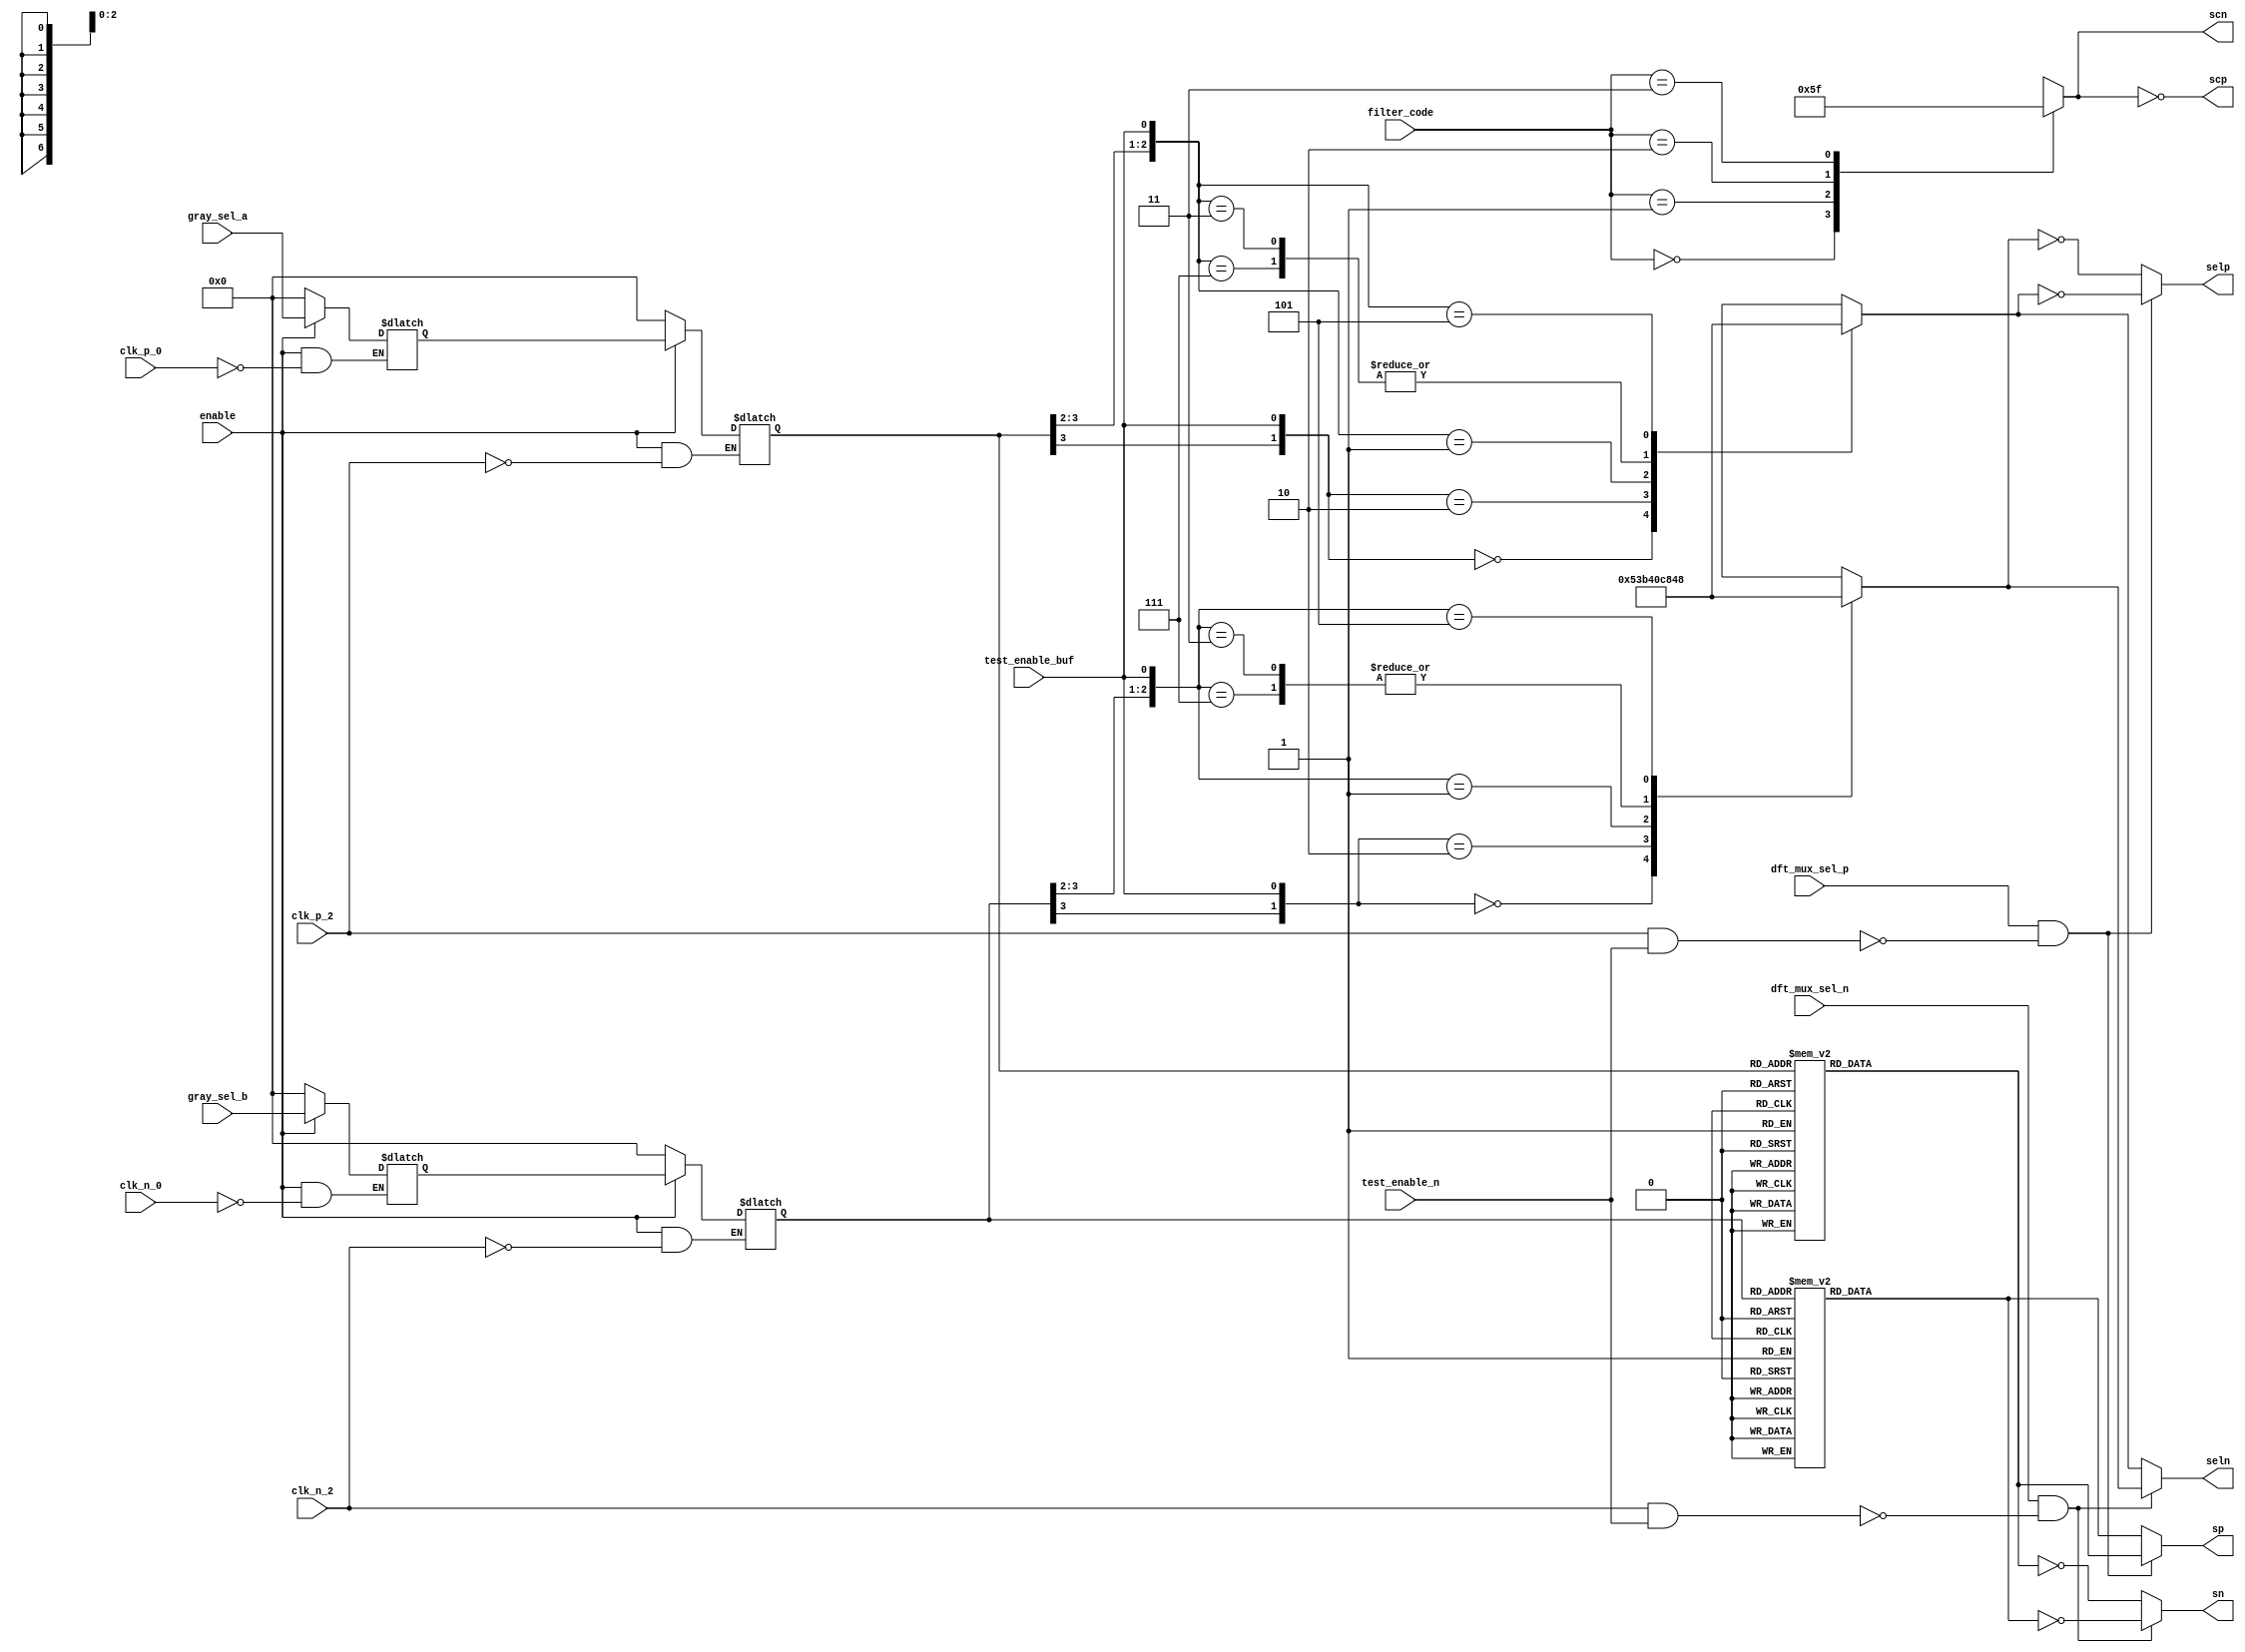
// SPDX-License-Identifier: Apache-2.0
// Copyright (C) 2019 Intel Corporation. 
//------------------------------------------------------------------------
//
// Revision:    $Revision: #3 $
//------------------------------------------------------------------------
// Description: 16 phase interpolator gray code decode
//
//------------------------------------------------------------------------

module io_cmos_16ph_decode (
input             enable,           // Active high enable    0 = Force interpolator_clk[1:0] to 2'b10
input             test_enable_buf,  // Active high test enable
input             test_enable_n,    // Active low test enable
input             dft_mux_sel_p,    // mux selection during test
input             dft_mux_sel_n,    // complimentary mux selection during test
input             clk_p_0,          // clock for sync gray code - 1st latch
input             clk_n_0,          // clock for sync gray code - 1st latch
input             clk_p_2,          // clock for sync gray code - 2nd latch
input             clk_n_2,          // clock for sync gray code - 2nd latch
input       [3:0] gray_sel_a,       // The gray code output to control the interpolator (even)
input       [3:0] gray_sel_b,       // The gray code output to control the interpolator (odd )
input       [1:0] filter_code,      // 00 = 1.6 GHz, 01 = 1.2 GHz, 10 = 1.0 GHz, 11 = 0.8 GHz
output      [7:0] sp,          	 // thermal code for 8 phase interpolator
output      [7:0] sn,          	 // complimentary thermal code for 8 phase interpolator
output      [6:0] selp,          // code for 2 phase interpolator (including decode for test)
output      [6:0] seln,          // complimentary code for 2 phase interpolator (including decode for test)
output      [3:1] scp,              // filter capacitance selection
output reg  [3:1] scn               // complimentary filter capacitance selection
);

`ifdef TIMESCALE_EN
                timeunit 1ps;
                timeprecision 1ps;
`endif

parameter  INV_DELAY      = 15;  // 15ps
parameter  LATCH_DELAY    = 50;  // 50ps
parameter  BUF_DELAY      = 25;  // 25ps
parameter  MUX_DELAY      = 50;  // 50ps

reg  [3:0] gray_sel_ax;
reg  [3:0] gray_sel_bx;
reg  [3:0] out_gray_az;
reg  [3:0] out_gray_bz;
reg  [7:0] sp_a;
reg  [7:0] sp_b;
wire [7:0] sn_a;
wire [7:0] sn_b;
reg  [6:0] seln_a;
reg  [6:0] seln_b;
wire [6:0] selp_a;
wire [6:0] selp_b;
wire	   clk_p_0_buf;
wire	   clk_n_0_buf;
wire	   clk_p_2_buf;
wire	   clk_n_2_buf;

assign #BUF_DELAY clk_p_0_buf = clk_p_0;
assign #BUF_DELAY clk_n_0_buf = clk_n_0;
assign #BUF_DELAY clk_p_2_buf = clk_p_2;
assign #BUF_DELAY clk_n_2_buf = clk_n_2;

//filter code decode
always @(*)
  case (filter_code[1:0])
    2'b00 :  scn[3:1] = 3'b000;
    2'b01 :  scn[3:1] = 3'b001;
    2'b10 :  scn[3:1] = 3'b011;
    2'b11 :  scn[3:1] = 3'b111;
  endcase
assign #INV_DELAY scp[3:1] = ~scn[3:1];

//gray code sync
always @(*)
  if (~enable)          gray_sel_ax[3:0] <= #LATCH_DELAY 4'h0;
  else if (clk_p_0_buf) gray_sel_ax[3:0] <= #LATCH_DELAY gray_sel_a[3:0];

always @(*)
  if (~enable)          gray_sel_bx[3:0] <= #LATCH_DELAY 4'h0;
  else if (clk_n_0_buf) gray_sel_bx[3:0] <= #LATCH_DELAY gray_sel_b[3:0];

always @(*)
  if (~enable)          out_gray_az[3:0] <= #LATCH_DELAY 4'h0;
  else if (clk_p_2_buf) out_gray_az[3:0] <= #LATCH_DELAY gray_sel_ax[3:0];

always @(*)
  if (~enable)          out_gray_bz[3:0] <= #LATCH_DELAY 4'h0;
  else if (clk_n_2_buf) out_gray_bz[3:0] <= #LATCH_DELAY gray_sel_bx[3:0];

//gray code decode
always @(*)
  case (out_gray_az[3:0])
    4'b0000 :  sp_a[7:0] = 8'b0000_0000;
    4'b0001 :  sp_a[7:0] = 8'b0000_0001;
    4'b0011 :  sp_a[7:0] = 8'b0000_0011;
    4'b0010 :  sp_a[7:0] = 8'b0000_0111;
    4'b0110 :  sp_a[7:0] = 8'b0000_1111;
    4'b0111 :  sp_a[7:0] = 8'b0001_1111;
    4'b0101 :  sp_a[7:0] = 8'b0011_1111;
    4'b0100 :  sp_a[7:0] = 8'b0111_1111;
    4'b1100 :  sp_a[7:0] = 8'b1111_1111;
    4'b1101 :  sp_a[7:0] = 8'b0111_1111;
    4'b1111 :  sp_a[7:0] = 8'b0011_1111;
    4'b1110 :  sp_a[7:0] = 8'b0001_1111;
    4'b1010 :  sp_a[7:0] = 8'b0000_1111;
    4'b1011 :  sp_a[7:0] = 8'b0000_0111;
    4'b1001 :  sp_a[7:0] = 8'b0000_0011;
    4'b1000 :  sp_a[7:0] = 8'b0000_0001;
  endcase

always @(*)
  case (out_gray_bz[3:0])
    4'b0000 :  sp_b[7:0] = 8'b0000_0000;
    4'b0001 :  sp_b[7:0] = 8'b0000_0001;
    4'b0011 :  sp_b[7:0] = 8'b0000_0011;
    4'b0010 :  sp_b[7:0] = 8'b0000_0111;
    4'b0110 :  sp_b[7:0] = 8'b0000_1111;
    4'b0111 :  sp_b[7:0] = 8'b0001_1111;
    4'b0101 :  sp_b[7:0] = 8'b0011_1111;
    4'b0100 :  sp_b[7:0] = 8'b0111_1111;
    4'b1100 :  sp_b[7:0] = 8'b1111_1111;
    4'b1101 :  sp_b[7:0] = 8'b0111_1111;
    4'b1111 :  sp_b[7:0] = 8'b0011_1111;
    4'b1110 :  sp_b[7:0] = 8'b0001_1111;
    4'b1010 :  sp_b[7:0] = 8'b0000_1111;
    4'b1011 :  sp_b[7:0] = 8'b0000_0111;
    4'b1001 :  sp_b[7:0] = 8'b0000_0011;
    4'b1000 :  sp_b[7:0] = 8'b0000_0001;
  endcase

//assign sp_a[7] = out_gray_az[3];
//assign sp_b[7] = out_gray_bz[3];
assign sn_a[7:0] = ~sp_a[7:0];
assign sn_b[7:0] = ~sp_b[7:0];

//gray code decode for 2 phase interpolator including special decoding during test
//for int_a			clk_in_a	clk_in_c	clk_in_b
//greay3	gray2	test	s0_n	s1_n	s2_n	s3_n	s4_n	s4_n
//	0	*	0	1	1	0	0	1	1		interpolate clk_in_a and clk_in_b	
//	1	*	0	0	1	0	1	1	1		clk_in_b
//	0	0	1	1	1	0	0	0	0		clk_in_a
//	1	1	1	0	0	0	0	1	1		clk_in_b
//	0	1	1	0	0	0	0	1	1		clk_in_b
//	1	0	1	0	0	1	1	0	0		clk_in_c
//for int_c			clk_in_a	clk_in_c	clk_in_b
//greay3	gray2	test	s0_n	s5_n	s6_n	s3_n	s4_n	s4_n		(s5_n connects to s1_n of xip2c; s6_n connects to s2_n of xip2c)
//	0	*	0	1	0	1	0	1	1		clk_in_b
//	1	*	0	0	0	1	1	1	1		interpolate clk_in_b and clk_in_c
//	0	0	1	1	1	0	0	0	0		clk_in_a
//	1	1	1	0	0	0	0	1	1		clk_in_b
//	0	1	1	0	0	0	0	1	1		clk_in_b
//	1	0	1	0	0	1	1	0	0		clk_in_c

always @(*)
  casez ({out_gray_az[3:2],test_enable_buf})
    3'b0?0 :  seln_a[6:0] = 7'b101_0011;	//int_a=(clk_in_a+clk_in_b)/2; int_c=clk_in_b;
    3'b1?0 :  seln_a[6:0] = 7'b101_1010;	//int_c=clk_in_b; int_a=(clk_in_b+clk_in_c)/2;
    3'b001 :  seln_a[6:0] = 7'b000_0011;	//int_a=int_c=clk_in_a;
    3'b111 :  seln_a[6:0] = 7'b001_0000;	//int_a=int_c=clk_in_b;
    3'b011 :  seln_a[6:0] = 7'b001_0000;	//int_a=int_c=clk_in_b;
    3'b101 :  seln_a[6:0] = 7'b100_1000;	//int_a=int_c=clk_in_c;
  endcase

always @(*)
  casez ({out_gray_bz[3:2],test_enable_buf})
    3'b0?0 :  seln_b[6:0] = 7'b101_0011;	//int_a=(clk_in_a+clk_in_b)/2; int_c=clk_in_b;
    3'b1?0 :  seln_b[6:0] = 7'b101_1010;	//int_a=clk_in_b; int_c=(clk_in_b+clk_in_c)/2;
    3'b001 :  seln_b[6:0] = 7'b000_0011;	//int_a=int_c=clk_in_a;
    3'b111 :  seln_b[6:0] = 7'b001_0000;	//int_a=int_c=clk_in_b;
    3'b011 :  seln_b[6:0] = 7'b001_0000;	//int_a=int_c=clk_in_b;
    3'b101 :  seln_b[6:0] = 7'b100_1000;	//int_a=int_c=clk_in_c;
  endcase

assign selp_a[6:0] = ~seln_a[6:0];
assign selp_b[6:0] = ~seln_b[6:0];

//gray code mux
//assign #MUX_DELAY sp[7:0] = ({8{clk_n_2}} & {out_gray_az[3],sp_a[6:0]}) | ({8{clk_p_2}} & {out_gray_bz[3],sp_b[6:0]});
//assign #INV_DELAY sn[7:0] = ~sp[7:0];
assign clk_p_2_buf2 = ~(dft_mux_sel_p & ~(clk_p_2 & test_enable_n ));
assign clk_n_2_buf2 = ~(dft_mux_sel_n & ~(clk_n_2 & test_enable_n ));
assign #MUX_DELAY sp[7:0] 	= clk_p_2_buf2? sp_b[7:0]   : sp_a[7:0];
assign #MUX_DELAY sn[7:0] 	= clk_n_2_buf2? sn_a[7:0]   : sn_b[7:0];
assign #MUX_DELAY selp[6:0] 	= clk_p_2_buf2? selp_b[6:0] : selp_a[6:0];
assign #MUX_DELAY seln[6:0] 	= clk_n_2_buf2? seln_a[6:0] : seln_b[6:0];

//=========================================================================================================================================================================
// Waveforms
//=========================================================================================================================================================================
//
//                 ___________________                          ___________________                     ________________________:                    ___________________
//  clk_p_0    ___/                   \________________________/                   \___________________/                        \___________________/                   \__
//                      ___________________                          ___________________                     ________________________                     _________________
//  clk_p_1    ________/                   \________________________/                   \___________________/                        \___________________/
//                           ___________________                          ___________________                     ________________________                     ____________
//  clk_p_2   _____________/                   \________________________/                   \___________________/                        \___________________/  
//
//                     ________               ______________________________               _________________________               ______________________________            
//  out_gray_az[3:0]   ________XXXXXXXXXXXXXXX_____________________2________XXXXXXXXXXXXXXX________________C________XXXXXXXXXXXXXXX_____________________6________XXXXXXXXXXXX
//                     ____________________________               ______________________________               ______________________________               _________________
//  out_gray_bz[3:0]   ___________________D________XXXXXXXXXXXXXXX_____________________7________XXXXXXXXXXXXXXX_____________________1________XXXXXXXXXXXXXXX_______________B_
//                 __________ ___________________ ________________________ ___________________ ___________________ ________________________ ___________________ _____________
//  sn[7:0]        __________X_________D_________X_____________2__________X__________7________X__________C________X_____________1__________X__________6________X__________B__
//
//===========================================================================================================================================================================

endmodule